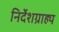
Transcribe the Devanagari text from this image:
निर्देशग्राह्य